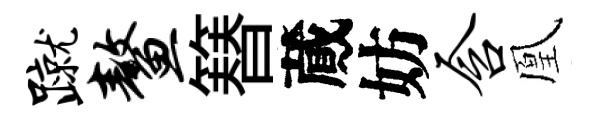
蹴鳌簮蕆妨含凰